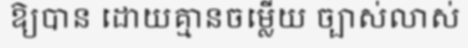
ឱ្យបាន ដោយគ្មានចម្លើយ ច្បាស់លាស់